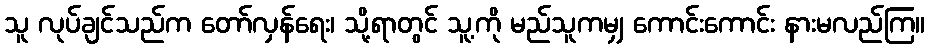
သူ လုပ်ချင်သည်က တော်လှန်ရေး၊ သို့ရာတွင် သူ့ကို မည်သူကမျှ ကောင်းကောင်း နားမလည်ကြ။